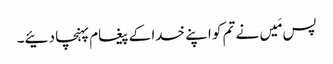
پس مَیں نے تم کو اپنے خدا کے پیغام پہنچا دئیے۔